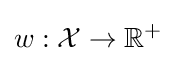
w:{\mathcal {X}}\rightarrow \mathbb {R} ^{+}